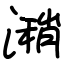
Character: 潲